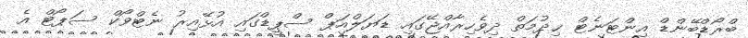
ބްރޯޑްބޭންޑް އިންޓަނެޓް ޚިދުމަތް ދިވެހިރާއްޖޭގައި ޑަޔަލްއަޕް ސްޕީޑްގައި އުޅޭއިރު ނެޓްވޯކް ސަޕޯޓް އެ